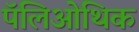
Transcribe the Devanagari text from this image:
पॅलिओथिक